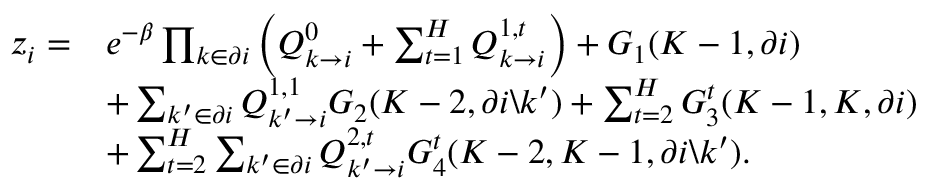
\begin{array} { r l } { z _ { i } = } & { e ^ { - \beta } \prod _ { k \in \partial i } \left( Q _ { k \rightarrow i } ^ { 0 } + \sum _ { t = 1 } ^ { H } Q _ { k \rightarrow i } ^ { 1 , t } \right) + G _ { 1 } ( K - 1 , \partial i ) } \\ & { + \sum _ { k ^ { \prime } \in \partial i } Q _ { k ^ { \prime } \rightarrow i } ^ { 1 , 1 } G _ { 2 } ( K - 2 , \partial i \backslash k ^ { \prime } ) + \sum _ { t = 2 } ^ { H } G _ { 3 } ^ { t } ( K - 1 , K , \partial i ) } \\ & { + \sum _ { t = 2 } ^ { H } \sum _ { k ^ { \prime } \in \partial i } Q _ { k ^ { \prime } \rightarrow i } ^ { 2 , t } G _ { 4 } ^ { t } ( K - 2 , K - 1 , \partial i \backslash k ^ { \prime } ) . } \end{array}